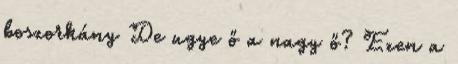
boszorkány De ugye ő a nagy ő? Ezen a